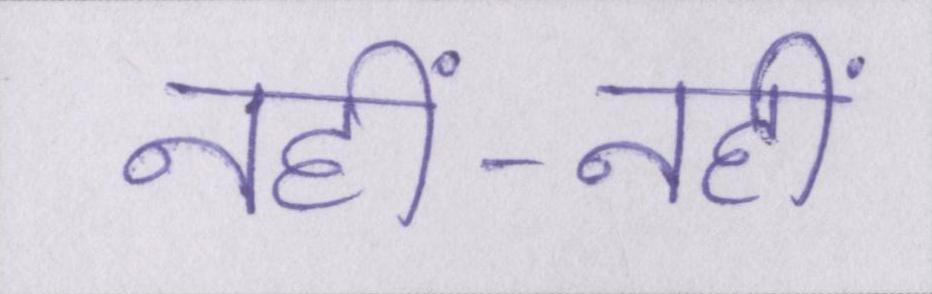
नहीं-नहीं